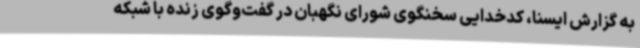
به گزارش ایسنا، کدخدایی سخنگوی شورای نگهبان در گفت‌وگوی زنده با شبکه